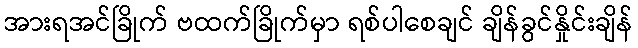
အားရအင်ခြိုက် ဗထက်ခြိုက်မှာ ရစ်ပါစေချင် ချိန်ခွင်နှိုင်းချိန်